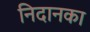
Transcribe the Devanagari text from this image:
निदानका